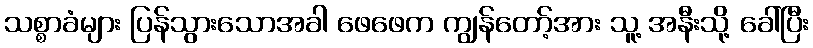
သစ္စာခံများ ပြန်သွားသောအခါ ဖေဖေက ကျွန်တော့်အား သူ့ အနီးသို့ ခေါ်ပြီး